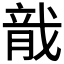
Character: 𬂄